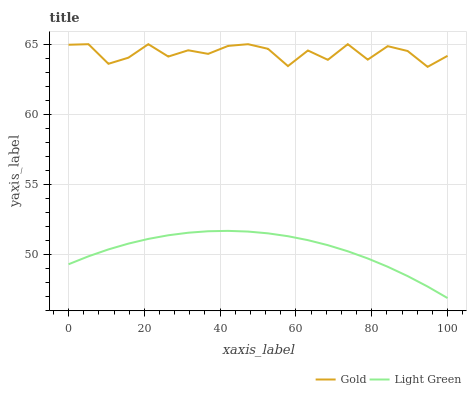
| xaxis_label | Gold | Light Green |
 | --- | --- | --- |
 | 0 | 65 | 49.3 |
 | 5.26 | 65 | 49.9 |
 | 10.5 | 63.6 | 50.3 |
 | 15.8 | 64 | 50.8 |
 | 21.1 | 65 | 51.1 |
 | 26.3 | 64.1 | 51.4 |
 | 31.6 | 64.6 | 51.5 |
 | 36.8 | 64.3 | 51.6 |
 | 42.1 | 64.9 | 51.7 |
 | 47.4 | 65 | 51.6 |
 | 52.6 | 64.7 | 51.5 |
 | 57.9 | 63.4 | 51.3 |
 | 63.2 | 64.5 | 51 |
 | 68.4 | 63.9 | 50.6 |
 | 73.7 | 65 | 50.2 |
 | 78.9 | 63.9 | 49.7 |
 | 84.2 | 64.9 | 49.1 |
 | 89.5 | 64.5 | 48.4 |
 | 94.7 | 63.4 | 47.7 |
 | 100 | 64.2 | 46.9 |